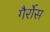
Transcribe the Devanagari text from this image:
गैर्रोस